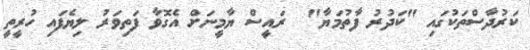
ކަރުދާސްތަކުގައި "ކަދުރު ފާތުމަޔާ"  ރައީސް ޔާމީނަށް އެގޮވާ ފަތިވަރު ލިޔެފައި ހުރީތީ